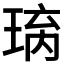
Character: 𱯅